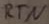
Text: RTN